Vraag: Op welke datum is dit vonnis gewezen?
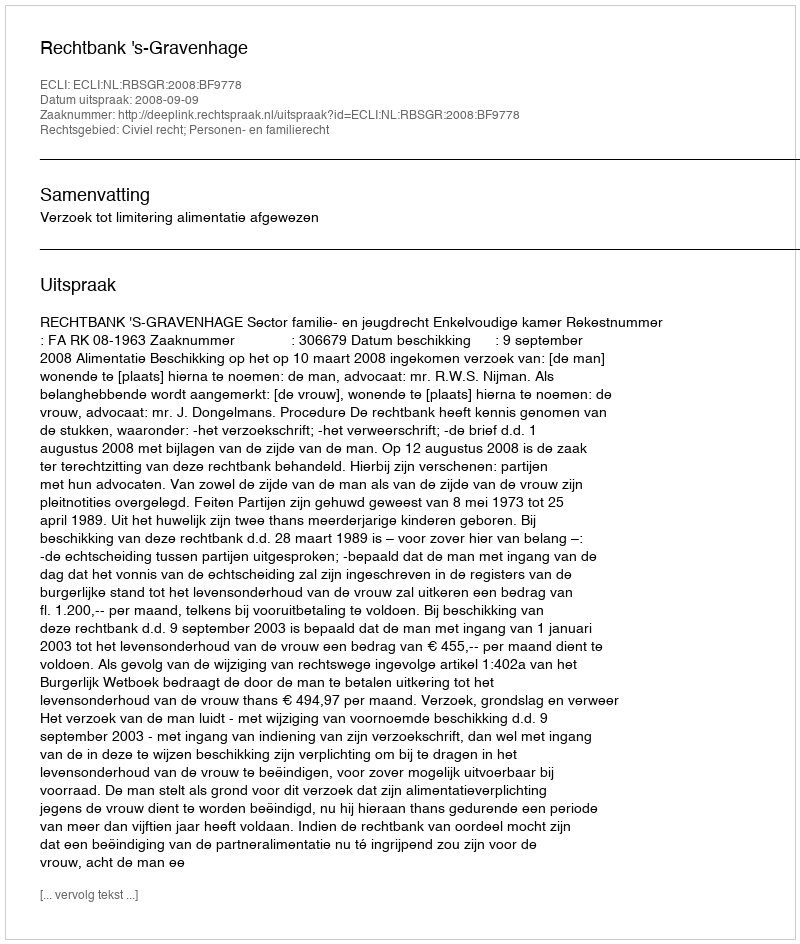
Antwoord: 2008-09-09